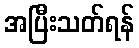
အပြီးသတ်ရန်